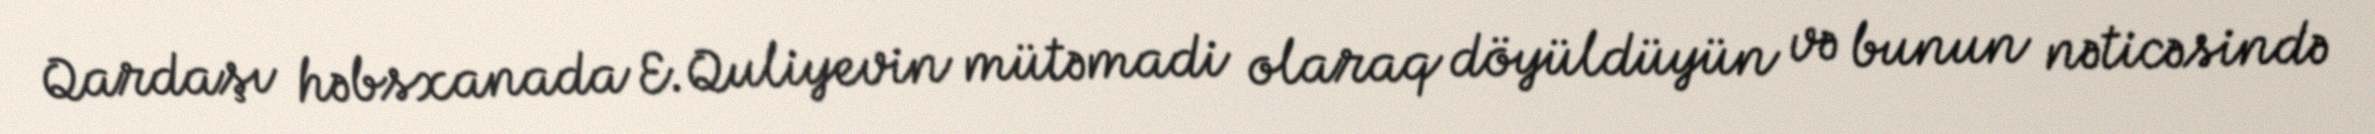
Qardaşı həbsxanada E.Quliyevin mütəmadi olaraq döyüldüyün və bunun nəticəsində